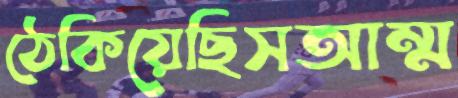
ঠেকিয়েছিসআম্ম